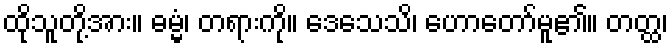
ထိုသူတို့အား။ ဓမ္မံ၊ တရားကို။ ဒေသေသိ၊ ဟောတော်မူ၏။ တတ္ထ၊